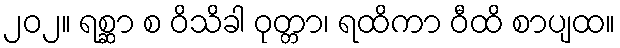
၂၀၂။ ရစ္ဆာ စ ဝိသိခါ ဝုတ္တာ၊ ရထိကာ ဝီထိ စာပျထ။